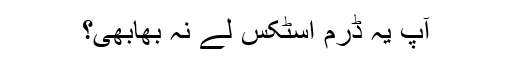
آپ یہ ڈرم اسٹکس لے نہ بھابھی؟